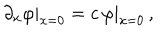
\partial _ { x } \varphi | _ { x = 0 } = c \, \varphi | _ { x = 0 } \, ,